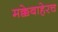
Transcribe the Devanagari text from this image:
मक्केबाहेरच